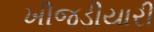
ખીજડીયારી